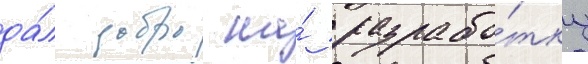
да́л добро на́ разрабо́тку